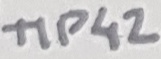
Text: TIP42